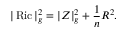
| \operatorname { R i c } | _ { g } ^ { 2 } = | Z | _ { g } ^ { 2 } + { \frac { 1 } { n } } R ^ { 2 } .